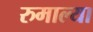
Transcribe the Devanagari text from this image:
रुमाल्या